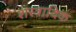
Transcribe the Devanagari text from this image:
शस्त्रादिक